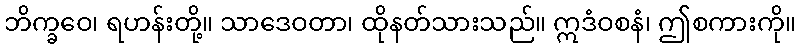
ဘိက္ခဝေ၊ ရဟန်းတို့။ သာဒေဝတာ၊ ထိုနတ်သားသည်။ ဣဒံဝစနံ၊ ဤစကားကို။